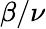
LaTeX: \beta/\nu